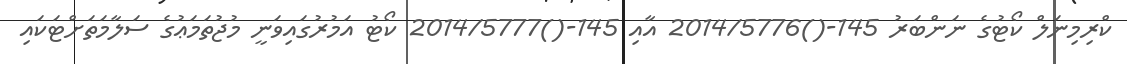
ކްރިމިނަލް ކޯޓުގެ ނަންބަރު 145-()2014/5776 އާއި 145-()2014/5777 ކޯޓު އަމުރުގައިވަނީ މުޖުތަމަޢުގެ ސަލާމަތަށްޓަކައި